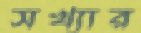
সখ্যার